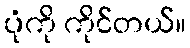
ပုံကို ကိုင်တယ်။